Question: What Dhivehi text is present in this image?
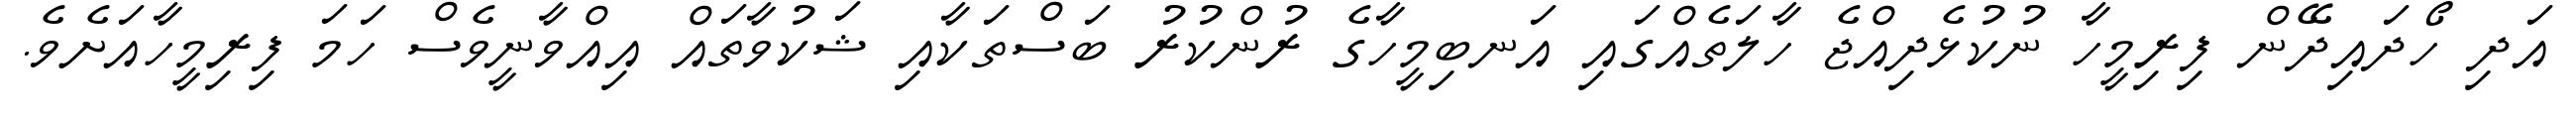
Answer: އަދި ހޯދައިދޭން ފިރިމީހާ ނުކުޅެދިއްޖެ ހާލަތެއްގައި އަނބިމީހާގެ ރުންކުރު ބަސްތަކާއި ޝަކުވާތައް އިއްވާނީވެސް ހަމަ ފިރިމީހާއަށެވެ.